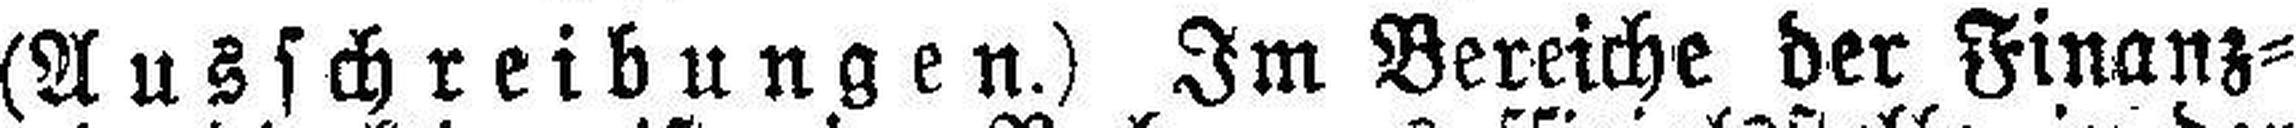
(Ausschreibungen.) Im Bereiche der Finanz¬